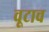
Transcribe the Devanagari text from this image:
वूटाच